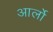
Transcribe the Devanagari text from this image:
आर्लो